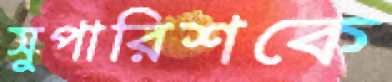
সুপারিশকে